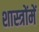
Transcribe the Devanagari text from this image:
शास्‍त्रोंमें